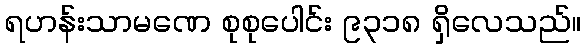
ရဟန်းသာမဏေ စုစုပေါင်း ၉၃၁၈ ရှိလေသည်။